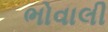
ભોવાલી